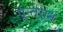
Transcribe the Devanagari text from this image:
पून्तरान